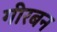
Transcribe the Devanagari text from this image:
गीरबन